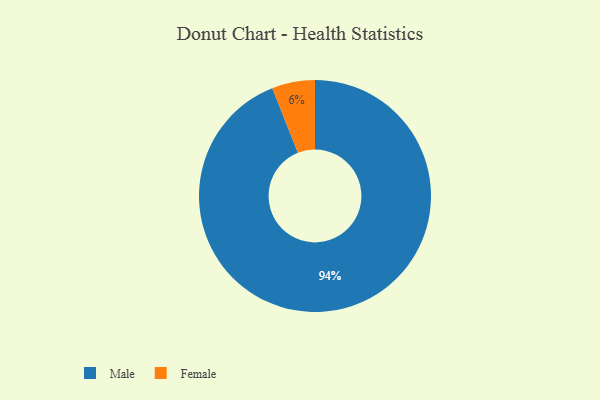
{"axis": {"x": "Category", "y": "Percentage"}, "legend": ["Female", "Male"], "data": [{"x": "Female", "y": 6, "type": "Female"}, {"x": "Male", "y": 94, "type": "Male"}]}